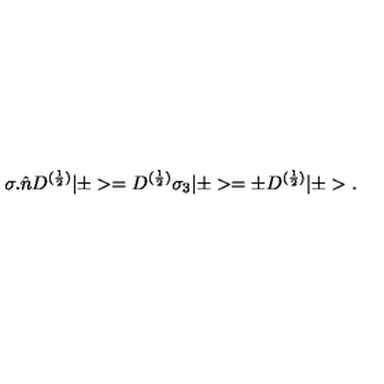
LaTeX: { \sigma } . \hat { n } D ^ { ( \frac { 1 } { 2 } ) } | \pm > = D ^ { ( \frac { 1 } { 2 } ) } { \sigma } _ { 3 } | \pm > = { \pm } D ^ { ( \frac { 1 } { 2 } ) } | \pm > .